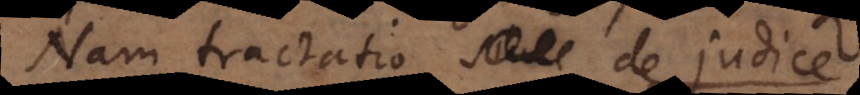
Nam tractatio sive de